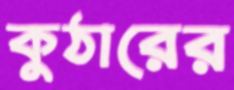
কুঠারের